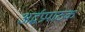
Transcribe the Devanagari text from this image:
अर्द्धप्रपाठक